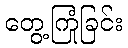
တွေ့ကြုံခြင်း